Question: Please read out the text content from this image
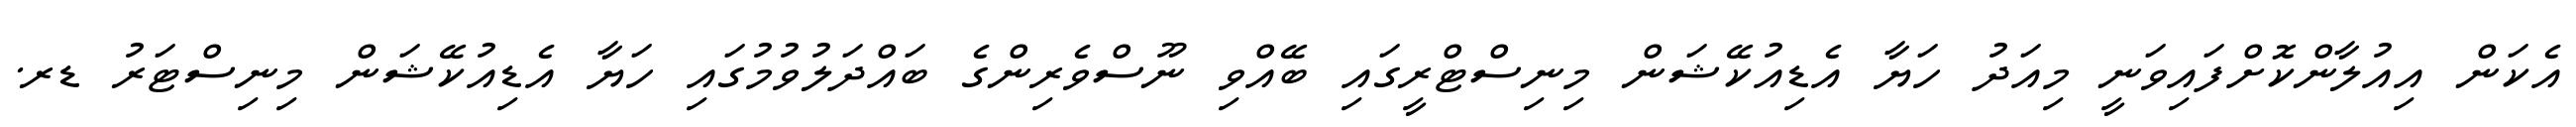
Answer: އެކަން އިއުލާންކޮށްފައިވަނީ މިއަދު ހަޔާ އެޑިއުކޭޝަން މިނިސްޓްރީގައި ބޭއްވި ނޫސްވެރިންގެ ބައްދަލުވުމުގައި ހަޔާ އެޑިއުކޭޝަން މިނިސްޓަރު ޑރ.